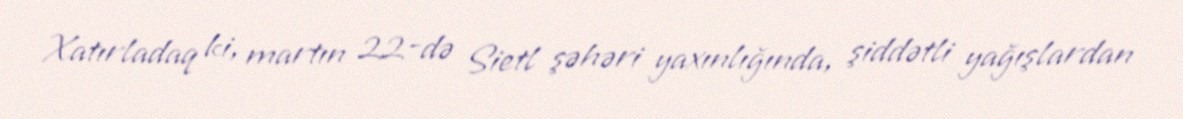
Xatırladaq ki, martın 22-də Sietl şəhəri yaxınlığında, şiddətli yağışlardan